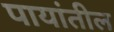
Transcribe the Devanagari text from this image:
पायांतील